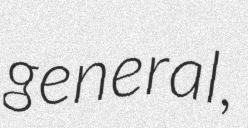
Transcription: general,